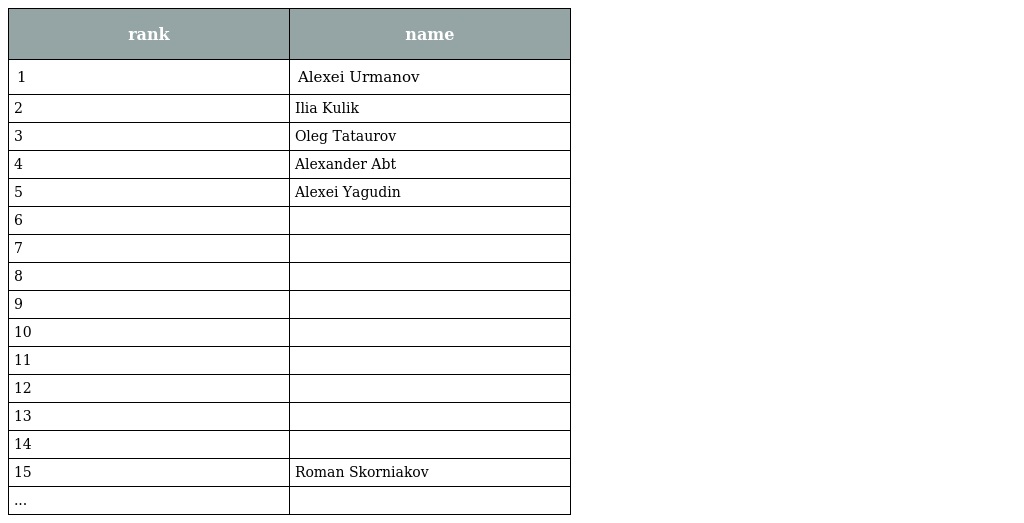
| rank | name |
 | --- | --- |
 | 1 | Alexei Urmanov |
 | 2 | Ilia Kulik |
 | 3 | Oleg Tataurov |
 | 4 | Alexander Abt |
 | 5 | Alexei Yagudin |
 | 6 |  |
 | 7 |  |
 | 8 |  |
 | 9 |  |
 | 10 |  |
 | 11 |  |
 | 12 |  |
 | 13 |  |
 | 14 |  |
 | 15 | Roman Skorniakov |
 | ... |  |